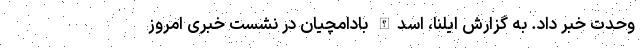
وحدت خبر داد. به گزارش ایلنا، اسدالله بادامچیان در نشست خبری امروز